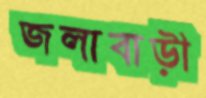
জলাবাড়ী